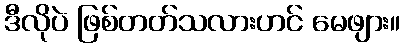
ဒီလိုပဲ ဖြစ်တတ်သလားဟင် မေဖျား။